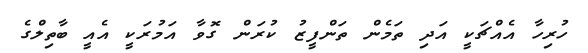
ހުރިހާ އެއްޗަކީ އަދި ތަމެން ތަންފީޒު ކުރަން ގޮވާ އަމުރަކީ އެއީ ބާތިލްގެ